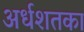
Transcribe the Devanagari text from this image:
अर्धशतका